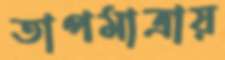
তাপমাত্রায়